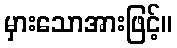
မှားသောအားဖြင့်။